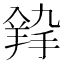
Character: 𦎚